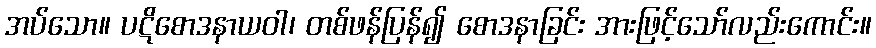
အပ်သော။ ပဋိစောဒနာယဝါ၊ တစ်ဖန်ပြန်၍ စောဒနာခြင်း အားဖြင့်သော်လည်းကောင်း။